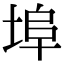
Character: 埠